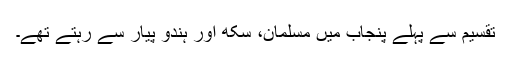
تقسیم سے پہلے پنجاب میں مسلمان، سکھ اور ہندو پیار سے رہتے تھے۔